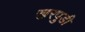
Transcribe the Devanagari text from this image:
खरपुडी